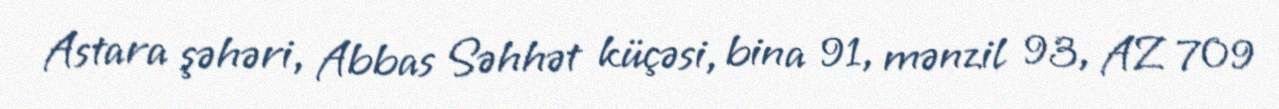
Astara şəhəri, Abbas Səhhət küçəsi, bina 91, mənzil 93, AZ 709